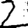
Digit: 2